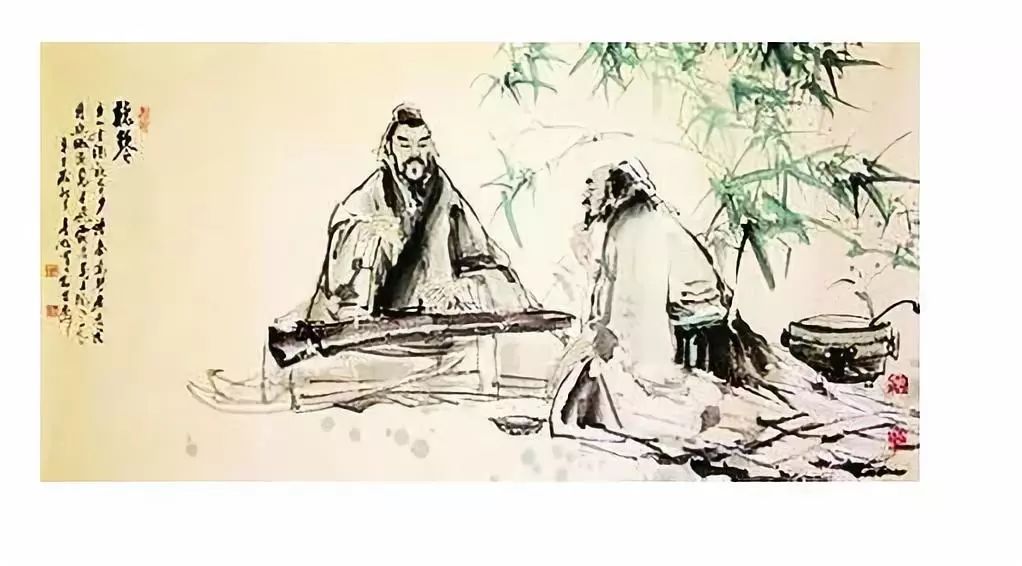
人有悲欢离合，月有阴晴圆缺，此事古难全。